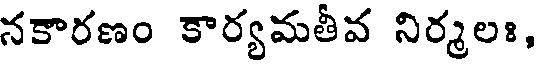
నకారణం కార్యమతీవ నిర్మలః,